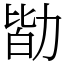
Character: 勓